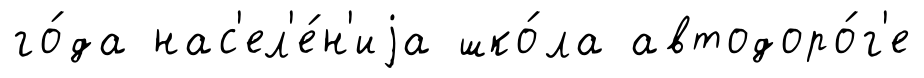
го́да нас'ел'е́н'иjа шко́ла автодоро́г'е